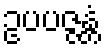
ဥပပဇ္ဇန္တံ